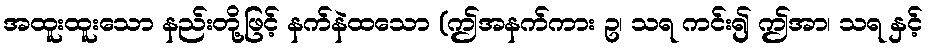
အထူးထူးသော နည်းတို့ဖြင့် နက်နဲထသော (ဤအနက်ကား ဥ၊ သရ ကင်း၍ ဤအာ၊ သရ နှင့်